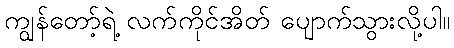
ကျွန်တော့်ရဲ့ လက်ကိုင်အိတ် ပျောက်သွားလို့ပါ။